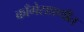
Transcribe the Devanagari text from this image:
काँगेसप्रणीत